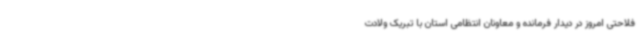
فلاحتی امروز در دیدار فرمانده و معاونان انتظامی استان با تبریک ولادت